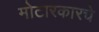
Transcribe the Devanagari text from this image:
मोटारकारचे